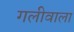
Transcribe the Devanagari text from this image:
गलीवाला